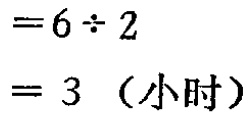
\[

\begin{align*}

&=6\div2\\

& = 3\ (\text{小时})

\end{align*}

\]